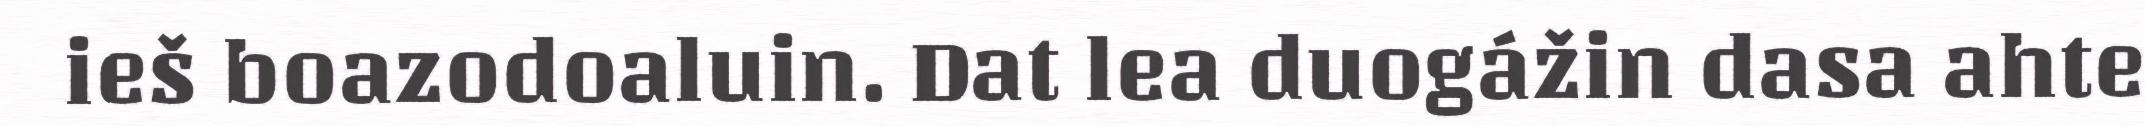
ieš boazodoaluin. Dat lea duogážin dasa ahte